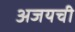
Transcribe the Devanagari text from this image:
अजयची